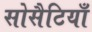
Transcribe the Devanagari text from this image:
सोसैटियाँ